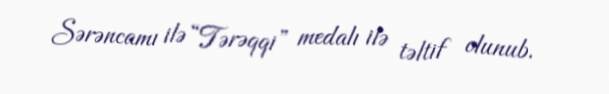
Sərəncamı ilə “Tərəqqi” medalı ilə təltif olunub.